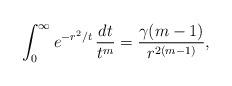
LaTeX: \begin{align*}\int_0^\infty e^{-r^2/t}\,\frac{dt}{t^m}=\frac{\gamma(m-1)}{r^{2(m-1)}},\end{align*}